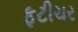
ફટીચર